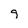
Character: 9